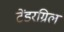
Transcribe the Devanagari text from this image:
टेंडरग्रिल